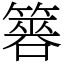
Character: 簭